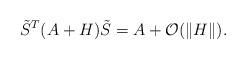
LaTeX: \begin{align*} \tilde{S}^T(A+H)\tilde{S} = A + \mathcal{O}(\|H\|).\end{align*}